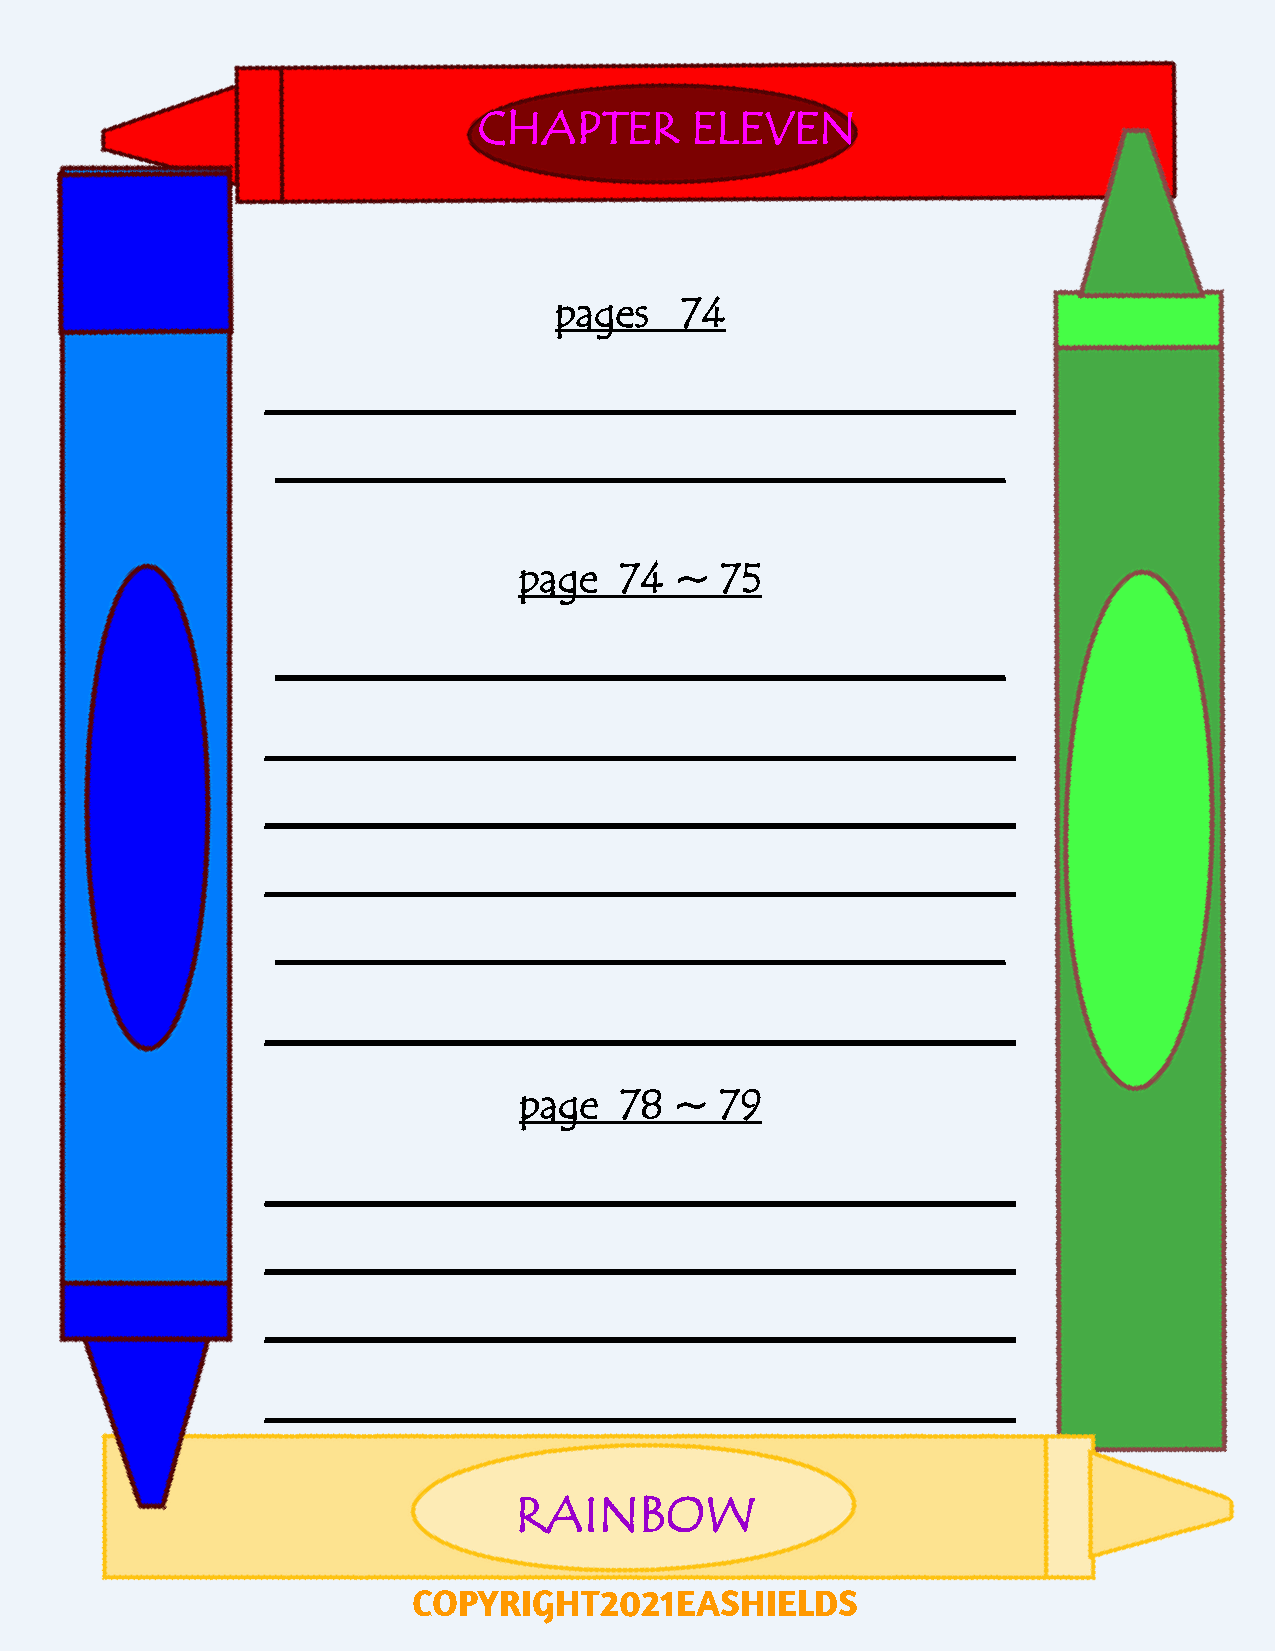
CHAPTER       ELEVEN
 pages   74
 ____________________________________
 ___________________________________
 page   74  ~  75
 ___________________________________
 ____________________________________
 ____________________________________
 ____________________________________
 ___________________________________
 ____________________________________
 page   78  ~  79
 ____________________________________
 ____________________________________
 ____________________________________
 ____________________________________
 RAINBOW
 COPYRIGHT2021EASHIELDS